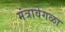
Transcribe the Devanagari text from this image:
मंत्रावेगळा